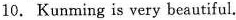
10. Kunming is very beautiful.